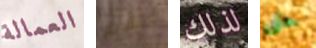
العمالة التقديم لذلك حتى